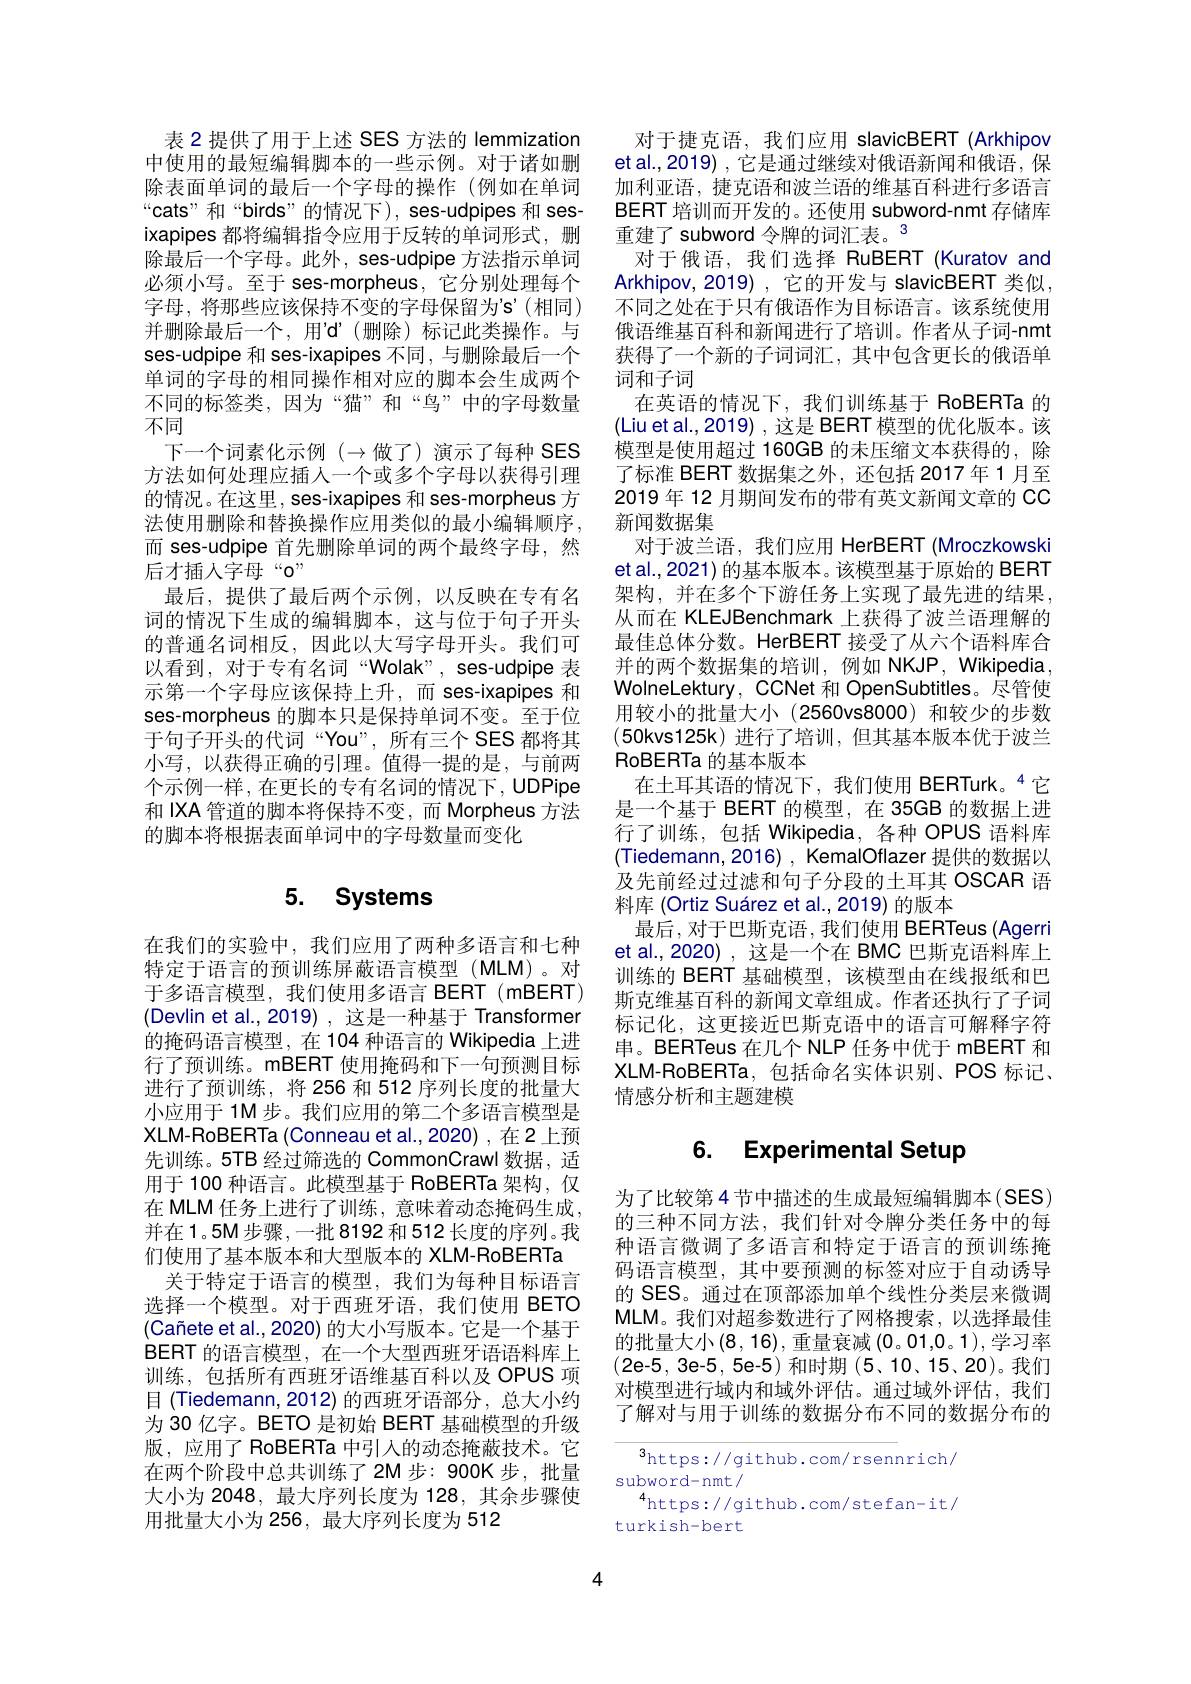
表 2 提供了用于上述 SES 方法的 lemmization 中使用的最短编辑脚本的一些示例。对于诸如删除表面单词的最后一个字母的操作 (例如在单词“cats”和“birds”的情况下), ses-udpipes 和 sesixapipes 都将编辑指令应用于反转的单词形式，删除最后一个字母。此外，ses-udpipe 方法指示单词必须小写。至于 ses-morpheus, 它分别处理每个字母，将那些应该保持不变的字母保留为's'(相同) 并删除最后一个，用'd’(删除)标记此类操作。与ses-udpipe 和 ses-ixapipes 不同，与删除最后一个单词的字母的相同操作相对应的脚本会生成两个不同的标签类，因为“猫”和“鸟”中的字母数量不同
下一个词素化示例 $(\to$做了)演示了每种 SES 方法如何处理应插人一个或多个字母以获得引理的情况。在这里，ses-ixapipes 和 ses-morpheus 方法使用删除和替换操作应用类似的最小编辑顺序， 而 ses-udpipe 首先删除单词的两个最终字母，然后才插人字母“0”
最后，提供了最后两个示例，以反映在专有名词的情况下生成的编辑脚本，这与位于句子开头的普通名词相反，因此以大写字母开头。我们可以看到，对于专有名词“Wolak”, ses-udpipe 表示第一个字母应该保持上升，而 ses-ixapipes 和ses-morpheus 的脚本只是保持单词不变。至于位于句子开头的代词“You”,所有三个 SES 都将其小写，以获得正确的引理。值得一提的是，与前两个示例一样，在更长的专有名词的情况下，UDPipe 和 IXA 管道的脚本将保持不变，而 Morpheus 方法的脚本将根据表面单词中的字母数量而变化

# 5. Systems

在我们的实验中，我们应用了两种多语言和七种特定于语言的预训练屏蔽语言模型(MLM)。对于多语言模型，我们使用多语言 BERT(mBERT) (Devlin et al.,2019) ,这是一种基于 Transformer 的掩码语言模型，在 104 种语言的 Wikipedia 上进行了预训练。mBERT 使用掩码和下一句预测目标进行了预训练，将 256 和 512 序列长度的批量大小应用于 1M 步。我们应用的第二个多语言模型是XLM-RoBERTa (Conneau et al., 2020) , 在 2 上预先训练。5TB 经过筛选的 CommonCrawl 数据，适用于 100 种语言。此模型基于 RoBERTa 架构，仅在 MLM 任务上进行了训练，意味着动态掩码生成， 并在1。5M步骤，一批 8192 和 512 长度的序列。我们使用了基本版本和大型版本的 XLM-RoBERTa
关于特定于语言的模型，我们为每种目标语言选择一个模型。对于西班牙语，我们使用 BETO (Cañete et al., 2020) 的大小写版本。它是一个基于$\dot{B}ERT$的语言模型，在一个大型西班牙语语料库上训练，包括所有西班牙语维基百科以及 OPUS 项目 (Tiedemann,2012) 的西班牙语部分，总大小约为 30 亿字。BETO 是初始 BERT 基础模型的升级版，应用了 RoBERTa 中引入的动态掩蔽技术。它在两个阶段中总共训练了2M 步：900K 步，批量大小为 2048, 最大序列长度为 128,其余步骤使用批量大小为 256, 最大序列长度为 512

对于捷克语，我们应用 slavicBERT (Arkhipov et al.,2019) ,它是通过继续对俄语新闻和俄语，保加利亚语，捷克语和波兰语的维基百科进行多语言BERT 培训而开发的。还使用 subword-nmt 存储库重建了 subword 令牌的词汇表。$^{3}$
对于俄语，我们选择 RuBERT(Kuratov and Arkhipov,2019),它的开发与 slavicBERT 类似， 不同之处在于只有俄语作为目标语言。该系统使用俄语维基百科和新闻进行了培训。作者从子词-nmt 获得了一个新的子词词汇，其中包含更长的俄语单词和子词
在英语的情况下，我们训练基于 RoBERTa 的(Liu et al.,2019) ,这是 BERT 模型的优化版本。该模型是使用超过 160GB 的未压缩文本获得的，除了标准 BERT 数据集之外，还包括 2017年 1月至2019年 12 月期间发布的带有英文新闻文章的 CC 新闻数据集
对于波兰语，我们应用 HerBERT (Mroczkowski et al., 2021) 的基本版本。该模型基于原始的 BERT 架构，并在多个下游任务上实现了最先进的结果， 从而在 KLEJBenchmark 上获得了波兰语理解的最佳总体分数。HerBERT 接受了从六个语料库合并的两个数据集的培训，例如 NKJP, Wikipedia, WolneLektury, CCNet 和 OpenSubtitles。尽管使用较小的批量大小(2560vs8000)和较少的步数(50kvs125k)进行了培训，但其基本版本优于波兰RoBERTa 的基本版本
在土耳其语的情况下，我们使用 BERTurk。“它是一个基于 BERT 的模型，在 35GB 的数据上进行了训练，包括 Wikipedia, 各种 OPUS 语料库(Tiedemann,2016) , KemalOflazer 提供的数据以及先前经过过滤和句子分段的土耳其 OSCAR 语料库 (Ortiz Suárez et al.,2019) 的版本
最后，对于巴斯克语，我们使用 BERTeus (Agerri et al.,2020),这是一个在 BMC 巴斯克语料库上训练的 BERT 基础模型，该模型由在线报纸和巴斯克维基百科的新闻文章组成。作者还执行了子词标记化，这更接近巴斯克语中的语言可解释字符串。BERTeus 在几个 NLP 任务中优于 mBERT 和XLM-RoBERTa,包括命名实体识别、POS 标记、 情感分析和主题建模

## 6. Experimental Setup

为了比较第 4 节中描述的生成最短编辑脚本(SES) 的三种不同方法，我们针对令牌分类任务中的每种语言微调了多语言和特定于语言的预训练掩码语言模型，其中要预测的标签对应于自动诱导的 SES。通过在顶部添加单个线性分类层来微调MLM。我们对超参数进行了网格搜索，以选择最佳的批量大小(8,16),重量衰减(0。01,0。1),学习率(2e-5,3e-5,5e-5)和时期(5、10、15、20)。我们对模型进行域内和域外评估。通过域外评估，我们了解对与用于训练的数据分布不同的数据分布的

$^3$https://github.com/rsennrich/
subword-nmt/
$^{4}$https://github.com/stefan-it/
turkish-bert

4